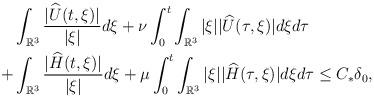
LaTeX: \begin{align*}&\int_{\mathbb{R}^3}\frac{|\widehat{U}(t,\xi)|}{|\xi|}d\xi+\nu\int_0^t \int_{\mathbb{R}^3}|\xi||\widehat{U}(\tau,\xi)|d\xi d\tau \\+&\int_{\mathbb{R}^3}\frac{|\widehat{H}(t,\xi)|}{|\xi|}d\xi+\mu \int_0^t \int_{\mathbb{R}^3}|\xi||\widehat{H}(\tau,\xi)|d\xi d\tau \leq C_{*}\delta_0,\end{align*}